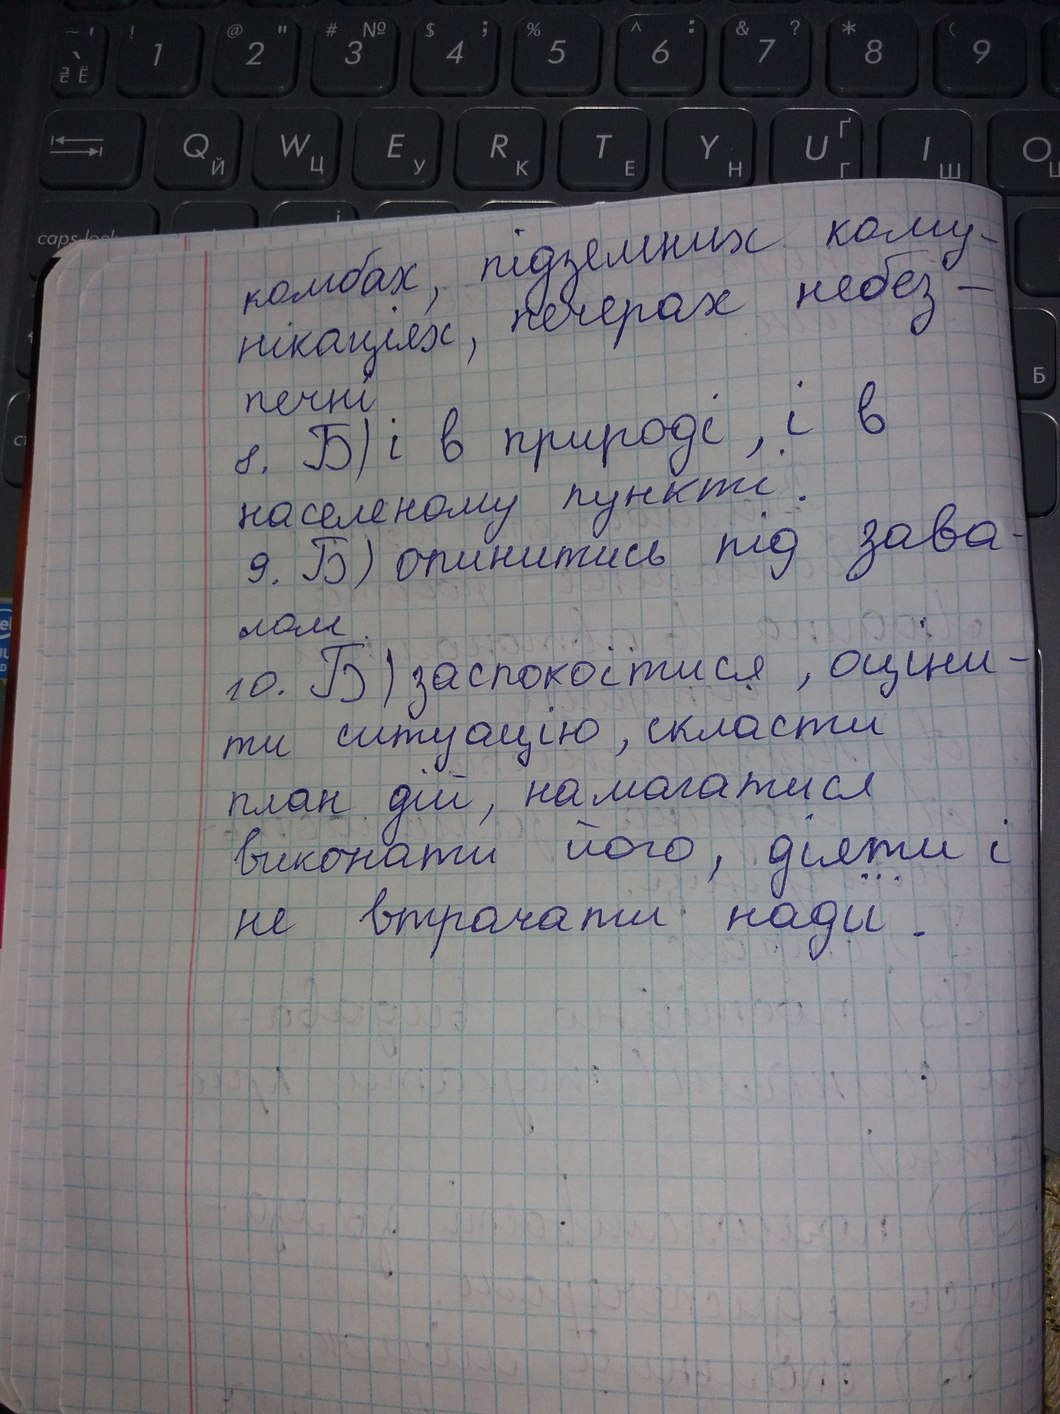
комбах, підземних кому-
нікаціях, печерах небез-
печні.
8. Б) і в природі, і в
населеному пункті.
9. Б) опинитись під зава-
лом
10. Б) заспокоїтися, оціни-
ти ситуацію, скласти
план дій, намагатися
виконати, його, діяти і
не втрачати надії